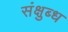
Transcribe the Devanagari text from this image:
संक्षुब्ध